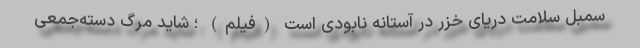
سمبل سلامت دریای خزر در آستانه نابودی است (فیلم) ؛ شاید مرگ دسته‌جمعی